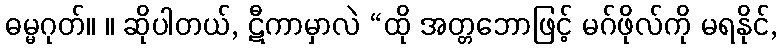
ဓမ္မဂုတ်။ ။ ဆိုပါတယ်, ဋီကာမှာလဲ “ထို အတ္တဘောဖြင့် မဂ်ဖိုလ်ကို မရနိုင်,